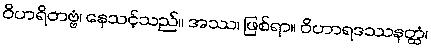
ဝိဟရိတဗ္ဗံ၊ နေသင့်သည်။ အဿ၊ ဖြစ်ရာ။ ဝိဟာရဒဿနတ္ထံ၊